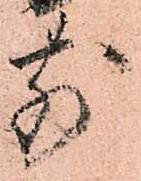
前